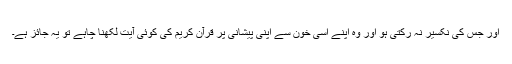
اور جس کی نکسیر نہ رُکتی ہو اور وہ اپنے اُسی خون سے اپنی پیشانی پر قرآن کریم کی کوئی آیت لکھنا چاہے تو یہ جائز ہے۔